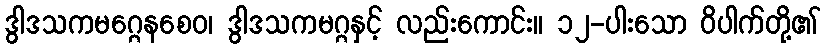
ဒွါဒသကမဂ္ဂေနစေဝ၊ ဒွါဒသကမဂ္ဂနှင့် လည်းကောင်း။ ၁၂-ပါးသော ဝိပါက်တို့၏